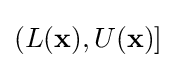
(L(\mathbf {x} ),U(\mathbf {x} )]